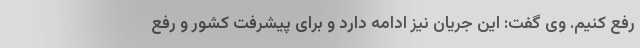
رفع کنیم. وی گفت: این جریان نیز ادامه دارد و برای پیشرفت کشور و رفع